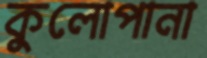
কুলোপানা